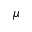
\mu